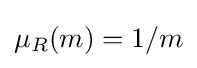
\mu _{R}(m)=1/m